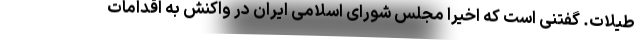
طیلات. گفتنی است که اخیراً مجلس شورای اسلامی ایران در واکنش به اقدامات